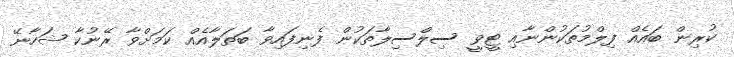
ކުރިން ބައެއް ފިލްމުތަކުންނާއި ޓީވީ ސިލްސިލާތަކުން ފެނިފައިވާ ބަތަލާއެއް ކަމަށްވާ ރޭނުކާ ޝަހާނޭ